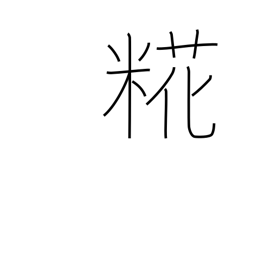
Meaning: malt